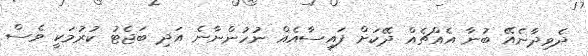
ދެވިދާނެއޭ ބުނާ އެއްޗެއް ދޭކަށް ފައިސާއެއް ނުހުންނާނެ އަދި ބަޖެޓު ކުރުމަކީ ވެސް